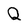
Character: Q